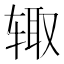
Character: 𰺋